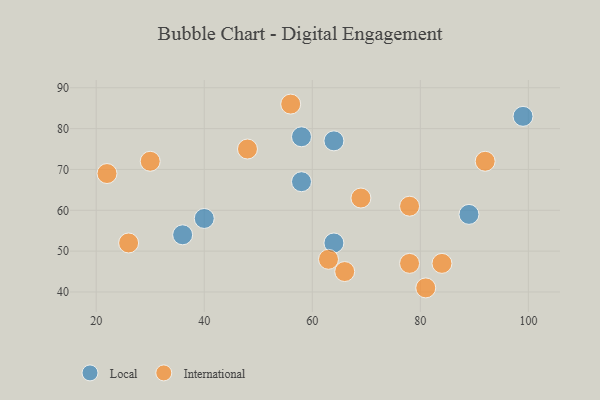
{"axis": {"x": "GDP", "y": "Life Expectancy"}, "legend": ["International", "Local"], "data": [{"x": "58", "y": 67, "type": "Local"}, {"x": "64", "y": 77, "type": "Local"}, {"x": "36", "y": 54, "type": "Local"}, {"x": "40", "y": 58, "type": "Local"}, {"x": "89", "y": 59, "type": "Local"}, {"x": "58", "y": 78, "type": "Local"}, {"x": "99", "y": 83, "type": "Local"}, {"x": "64", "y": 52, "type": "Local"}, {"x": "66", "y": 45, "type": "International"}, {"x": "22", "y": 69, "type": "International"}, {"x": "63", "y": 48, "type": "International"}, {"x": "69", "y": 63, "type": "International"}, {"x": "84", "y": 47, "type": "International"}, {"x": "56", "y": 86, "type": "International"}, {"x": "81", "y": 41, "type": "International"}, {"x": "30", "y": 72, "type": "International"}, {"x": "78", "y": 61, "type": "International"}, {"x": "78", "y": 47, "type": "International"}, {"x": "92", "y": 72, "type": "International"}, {"x": "26", "y": 52, "type": "International"}, {"x": "48", "y": 75, "type": "International"}]}